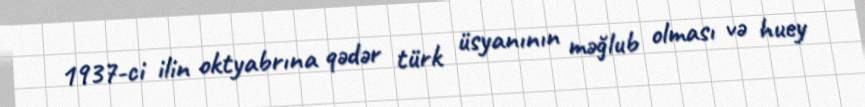
1937-ci ilin oktyabrına qədər türk üsyanının məğlub olması və huey